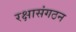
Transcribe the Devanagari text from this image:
रक्षासंगठन